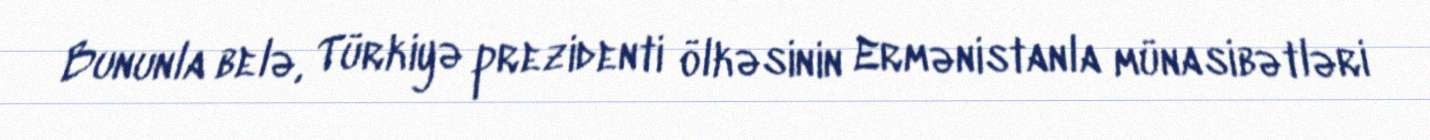
Bununla belə, Türkiyə prezidenti ölkəsinin Ermənistanla münasibətləri